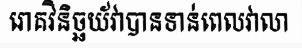
រោគវិនិច្ឆយ័វាបានទាន់ពេលវាលា